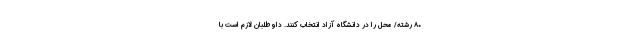
۸۰ رشته/ محل را در دانشگاه آزاد انتخاب کنند. داوطلبان لازم است با